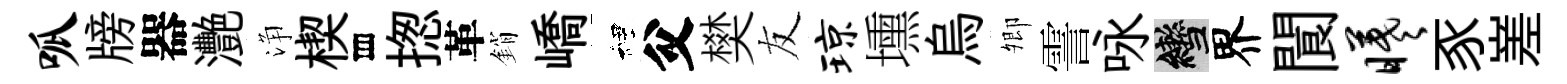
呱牓器灧浄楔存揔革銷嶠裡父樊友琼壎烏𡖖霅咏轡界閬曦豕嵳